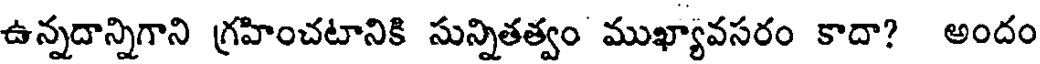
ఉన్నదాన్నిగాని గ్రహించటానికి సున్నితత్వం ముఖ్యావసరం కాదా? అందం